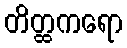
တိတ္ထကရော